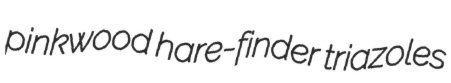
pinkwood hare-finder triazoles